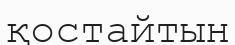
қостайтын